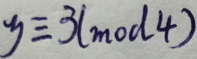
y \equiv 3 ( m o d 4 )